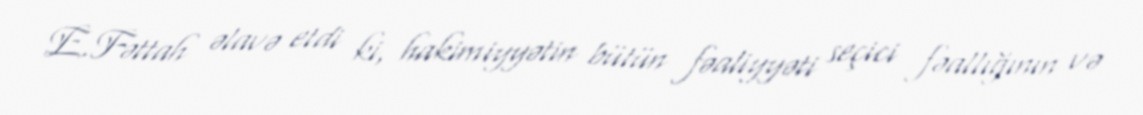
E.Fəttah əlavə etdi ki, hakimiyyətin bütün fəaliyyəti seçici fəallığının və